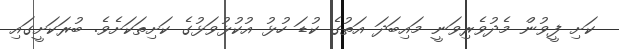
ކަށި ފީވުން މެދުވެރިވަނީ މައިބަދަ އަތުގެ ކުޑަ ހުޅު އުކުޅުވަޅުގެ ކަށިތަކަށެވެ. ބުރަކަށީގައި